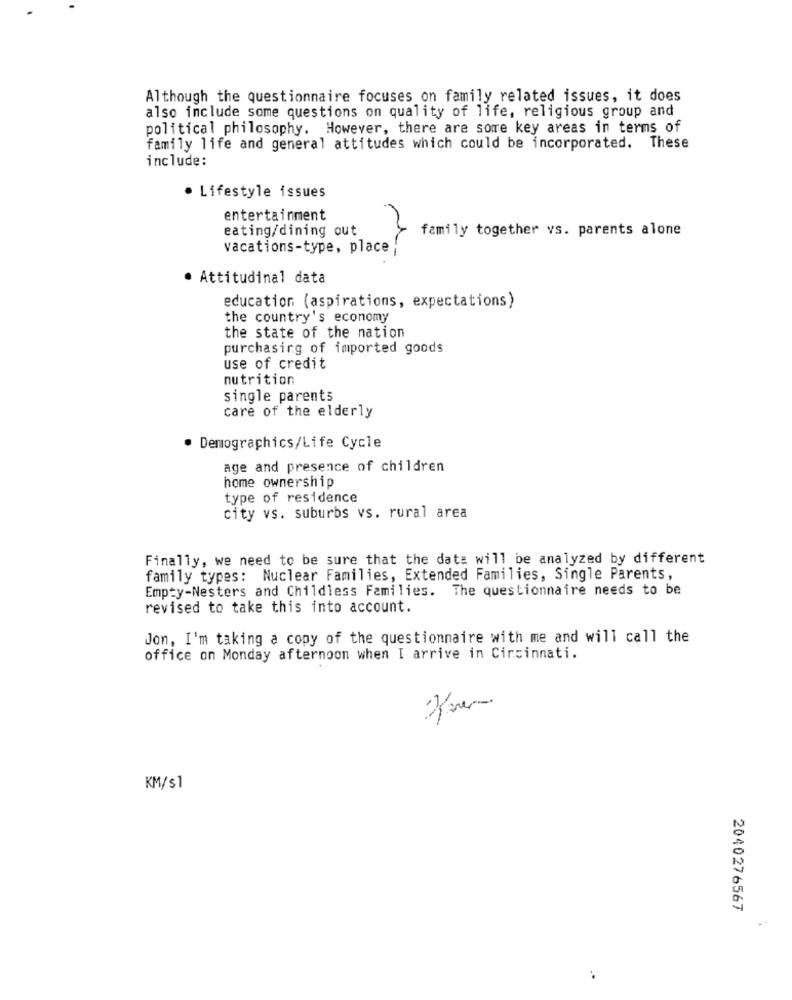
Although the questionnaire focuses on family related issues, it does
also include some questions on quality of life, religious group and
political philosophy. However, there are some key areas in terms of
family life and general attitudes which could be incorporated. These
include:
· Lifestyle issues
entertainment
eating/dining out
family together vs. parents alone
vacations-type, place ;
· Attitudinal data
education (aspirations, expectations)
the country's economy
the state of the nation
purchasing of imported goods
use of credit
nutrition
single parents
care of the elderly
· Demographics/Life Cycle
age and presence of children
home ownership
type of residence
city vs. suburbs vs. rural area
Finally, we need to be sure that the data will be analyzed by different
family types: Nuclear Families, Extended Families, Single Parents,
Empty-Nesters and Childless Families. The questionnaire needs to be
revised to take this into account.
Jon, I'm taking a copy of the questionnaire with me and will call the
office on Monday afternoon when I arrive in Cincinnati.
KM/s1
2040276567